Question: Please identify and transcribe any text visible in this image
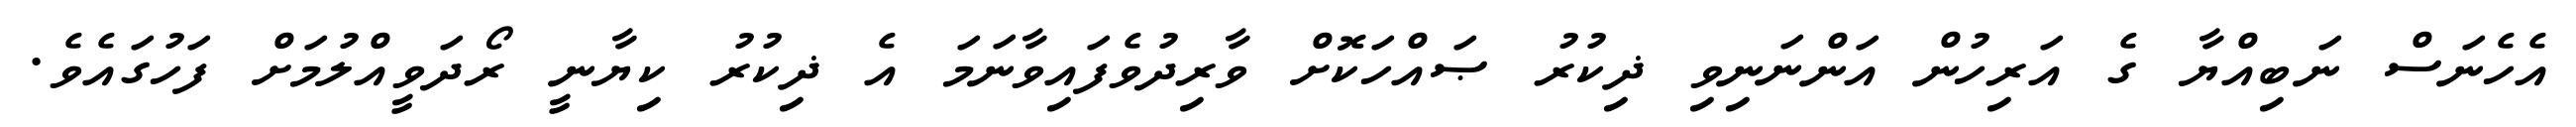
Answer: އެހެނަސް ނަބިއްޔާ ގެ އަރިހުން އަންނަނިވި ޛިކުރު ޞައްހަކޮށް ވާރިދުވެފައިވާނަމަ އެ ޛިކުރު ކިޔާނީ ރޯދަވީއްލުމަށް ފަހުގައެވެ.